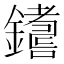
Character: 𨮚